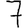
Digit: 7